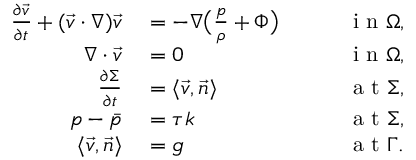
\begin{array} { r l r l } { \frac { \partial \vec { v } } { \partial t } + ( \vec { v } \cdot \nabla ) \vec { v } } & { { } = - \nabla \big ( \frac { p } { \rho } + \Phi \big ) \quad } & { } & { { } \mathrm { ~ i ~ n ~ } \Omega , } \\ { \nabla \cdot \vec { v } } & { { } = 0 \quad } & { } & { { } \mathrm { ~ i ~ n ~ } \Omega , } \\ { \frac { \partial \Sigma } { \partial t } } & { { } = \langle \vec { v } , \vec { n } \rangle \quad } & { } & { { } \mathrm { ~ a ~ t ~ } \Sigma , } \\ { p - \bar { p } } & { { } = \tau k \quad } & { } & { { } \mathrm { ~ a ~ t ~ } \Sigma , } \\ { \langle \vec { v } , \vec { n } \rangle } & { { } = g \quad } & { } & { { } \mathrm { ~ a ~ t ~ } \Gamma . } \end{array}